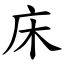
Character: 床